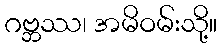
ဂဗ္ဘဿ၊ အမိဝမ်းသို့။